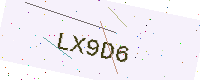
Text: LX9D6